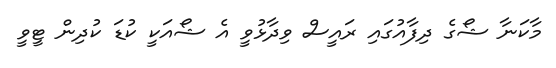
މާކަނާ ޝޯގެ ދިފާއުގައި ރައީސް ވިދާޅުވީ އެ ޝޯއަކީ ކުޑަ ކުދިން ޓީވީ